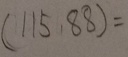
( 1 1 5 , 8 8 ) =